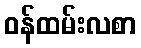
ဝန်ထမ်းလစာ